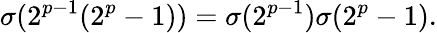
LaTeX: \sigma(2^{p-1}(2^{p}-1))=\sigma(2^{p-1})\sigma(2^{p}-1).